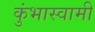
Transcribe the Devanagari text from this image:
कुंभास्वामी